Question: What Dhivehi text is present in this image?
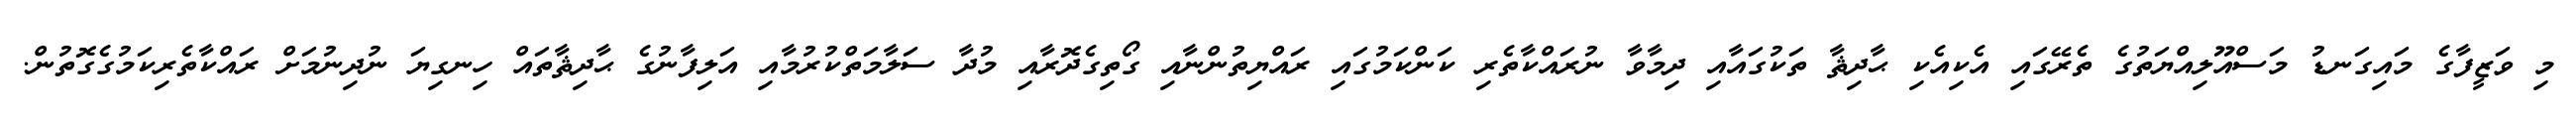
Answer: މި ވަޒީފާގެ މައިގަނޑު މަސްއޫލިއްޔަތުގެ ތެރޭގައި އެކިއެކި ޙާދިޘާ ތަކުގައާއި ދިމާވާ ނުރައްކާތެރި ކަންކަމުގައި ރައްޔިތުންނާއި ގޯތިގެދޮރާއި މުދާ ސަލާމަތްކުރުމާއި އަލިފާނުގެ ޙާދިޘާތައް ހިނގިޔަ ނުދިނުމަށް ރައްކާތެރިކަމުގެގޮތުން.